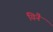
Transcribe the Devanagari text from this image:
यिनै